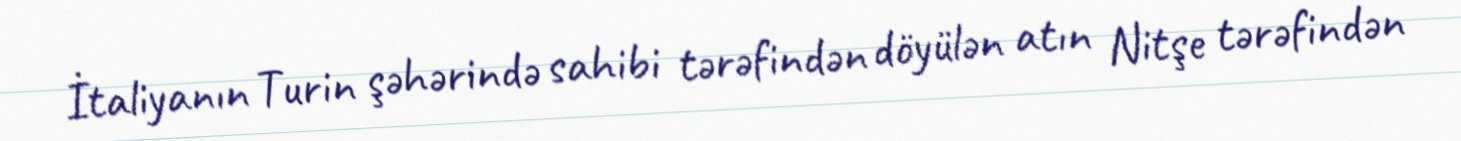
İtaliyanın Turin şəhərində sahibi tərəfindən döyülən atın Nitşe tərəfindən